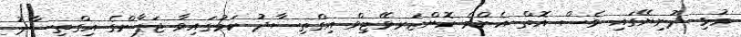
މުޅި ދުނިޔޭގައި ވެސް އޮތް އެންމެ ކޮންޒަރވޭޓިވް އިގްތިސާދު ކަމުގައިވާ ޖަޕާންގެ އިގްތިސާދު